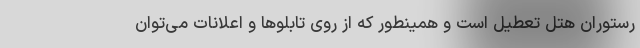
رستوران هتل تعطیل است و همینطور که از روی تابلو‌ها و اعلانات می‌توان